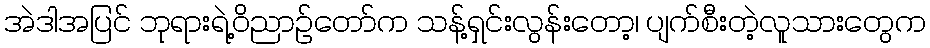
အဲဒါအပြင် ဘုရားရဲ့ဝိညာဉ်တော်က သန့်ရှင်းလွန်းတော့၊ ပျက်စီးတဲ့လူသားတွေက